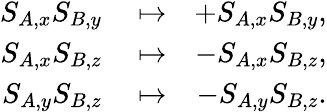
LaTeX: \begin{array}{rlr}{S_{A,x}S_{B,y}}&{{}\mapsto}&{+S_{A,x}S_{B,y},}\\ {S_{A,x}S_{B,z}}&{{}\mapsto}&{-S_{A,x}S_{B,z},}\\ {S_{A,y}S_{B,z}}&{{}\mapsto}&{-S_{A,y}S_{B,z}.}\end{array}